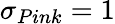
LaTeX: \sigma_{Pink}=1